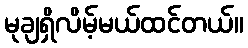
မုချရှိလိမ့်မယ်ထင်တယ်။